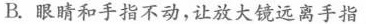
B.眼睛和手指不动，让放大镜远离手指